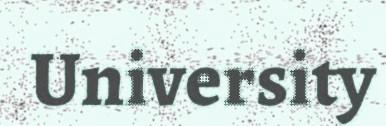
University